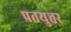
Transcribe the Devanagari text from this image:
प्रतयुत्तर